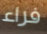
فراء